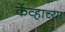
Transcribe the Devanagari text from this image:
केंव्हाच्या